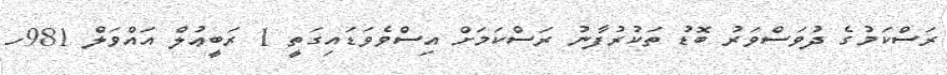
ރަސްކަމުގެ ދުވަސްވަރު ބޮޑު ތަކުރުފާނު ރަސްކަމަށް އިސްވެވަޑައިގަތީ 1 ރަބީޢުލް އައްވަލް 981ހ